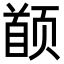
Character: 𬱯